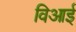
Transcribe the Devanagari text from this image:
विआई